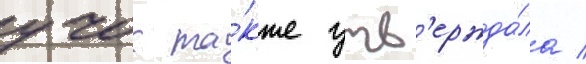
учок та́кже утв'ержда́ла /